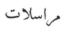
مراسلات